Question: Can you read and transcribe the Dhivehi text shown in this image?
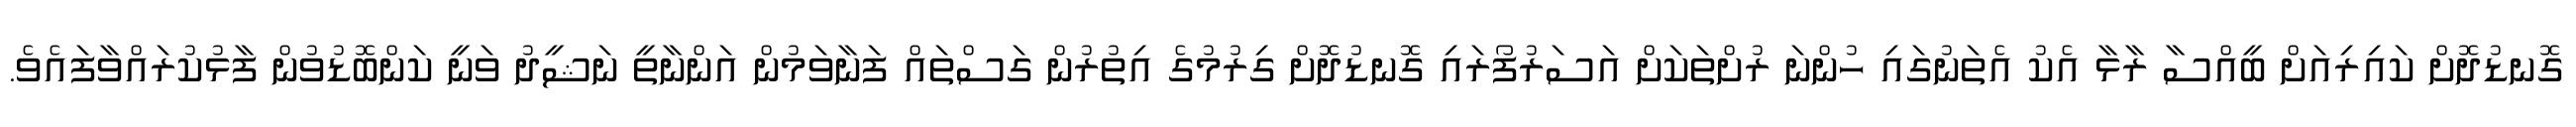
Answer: ގޮނޑުދޮށް ކައިރިއަށް ބީއްސާ ރާޅާ އެކު އެތަނުގައި ހުންނަ ރުށްތަކަށް އަސަރުފޯރައި ގޮނޑުދޮށް ގިރުމުގެ އިތުރުން ގަސްތައް ފަނާވަމުން އަންނާތީ ނަޝީދު ވަނީ ކަންބޮޑުވުން ފާޅުކުރައްވާފައެވެ.